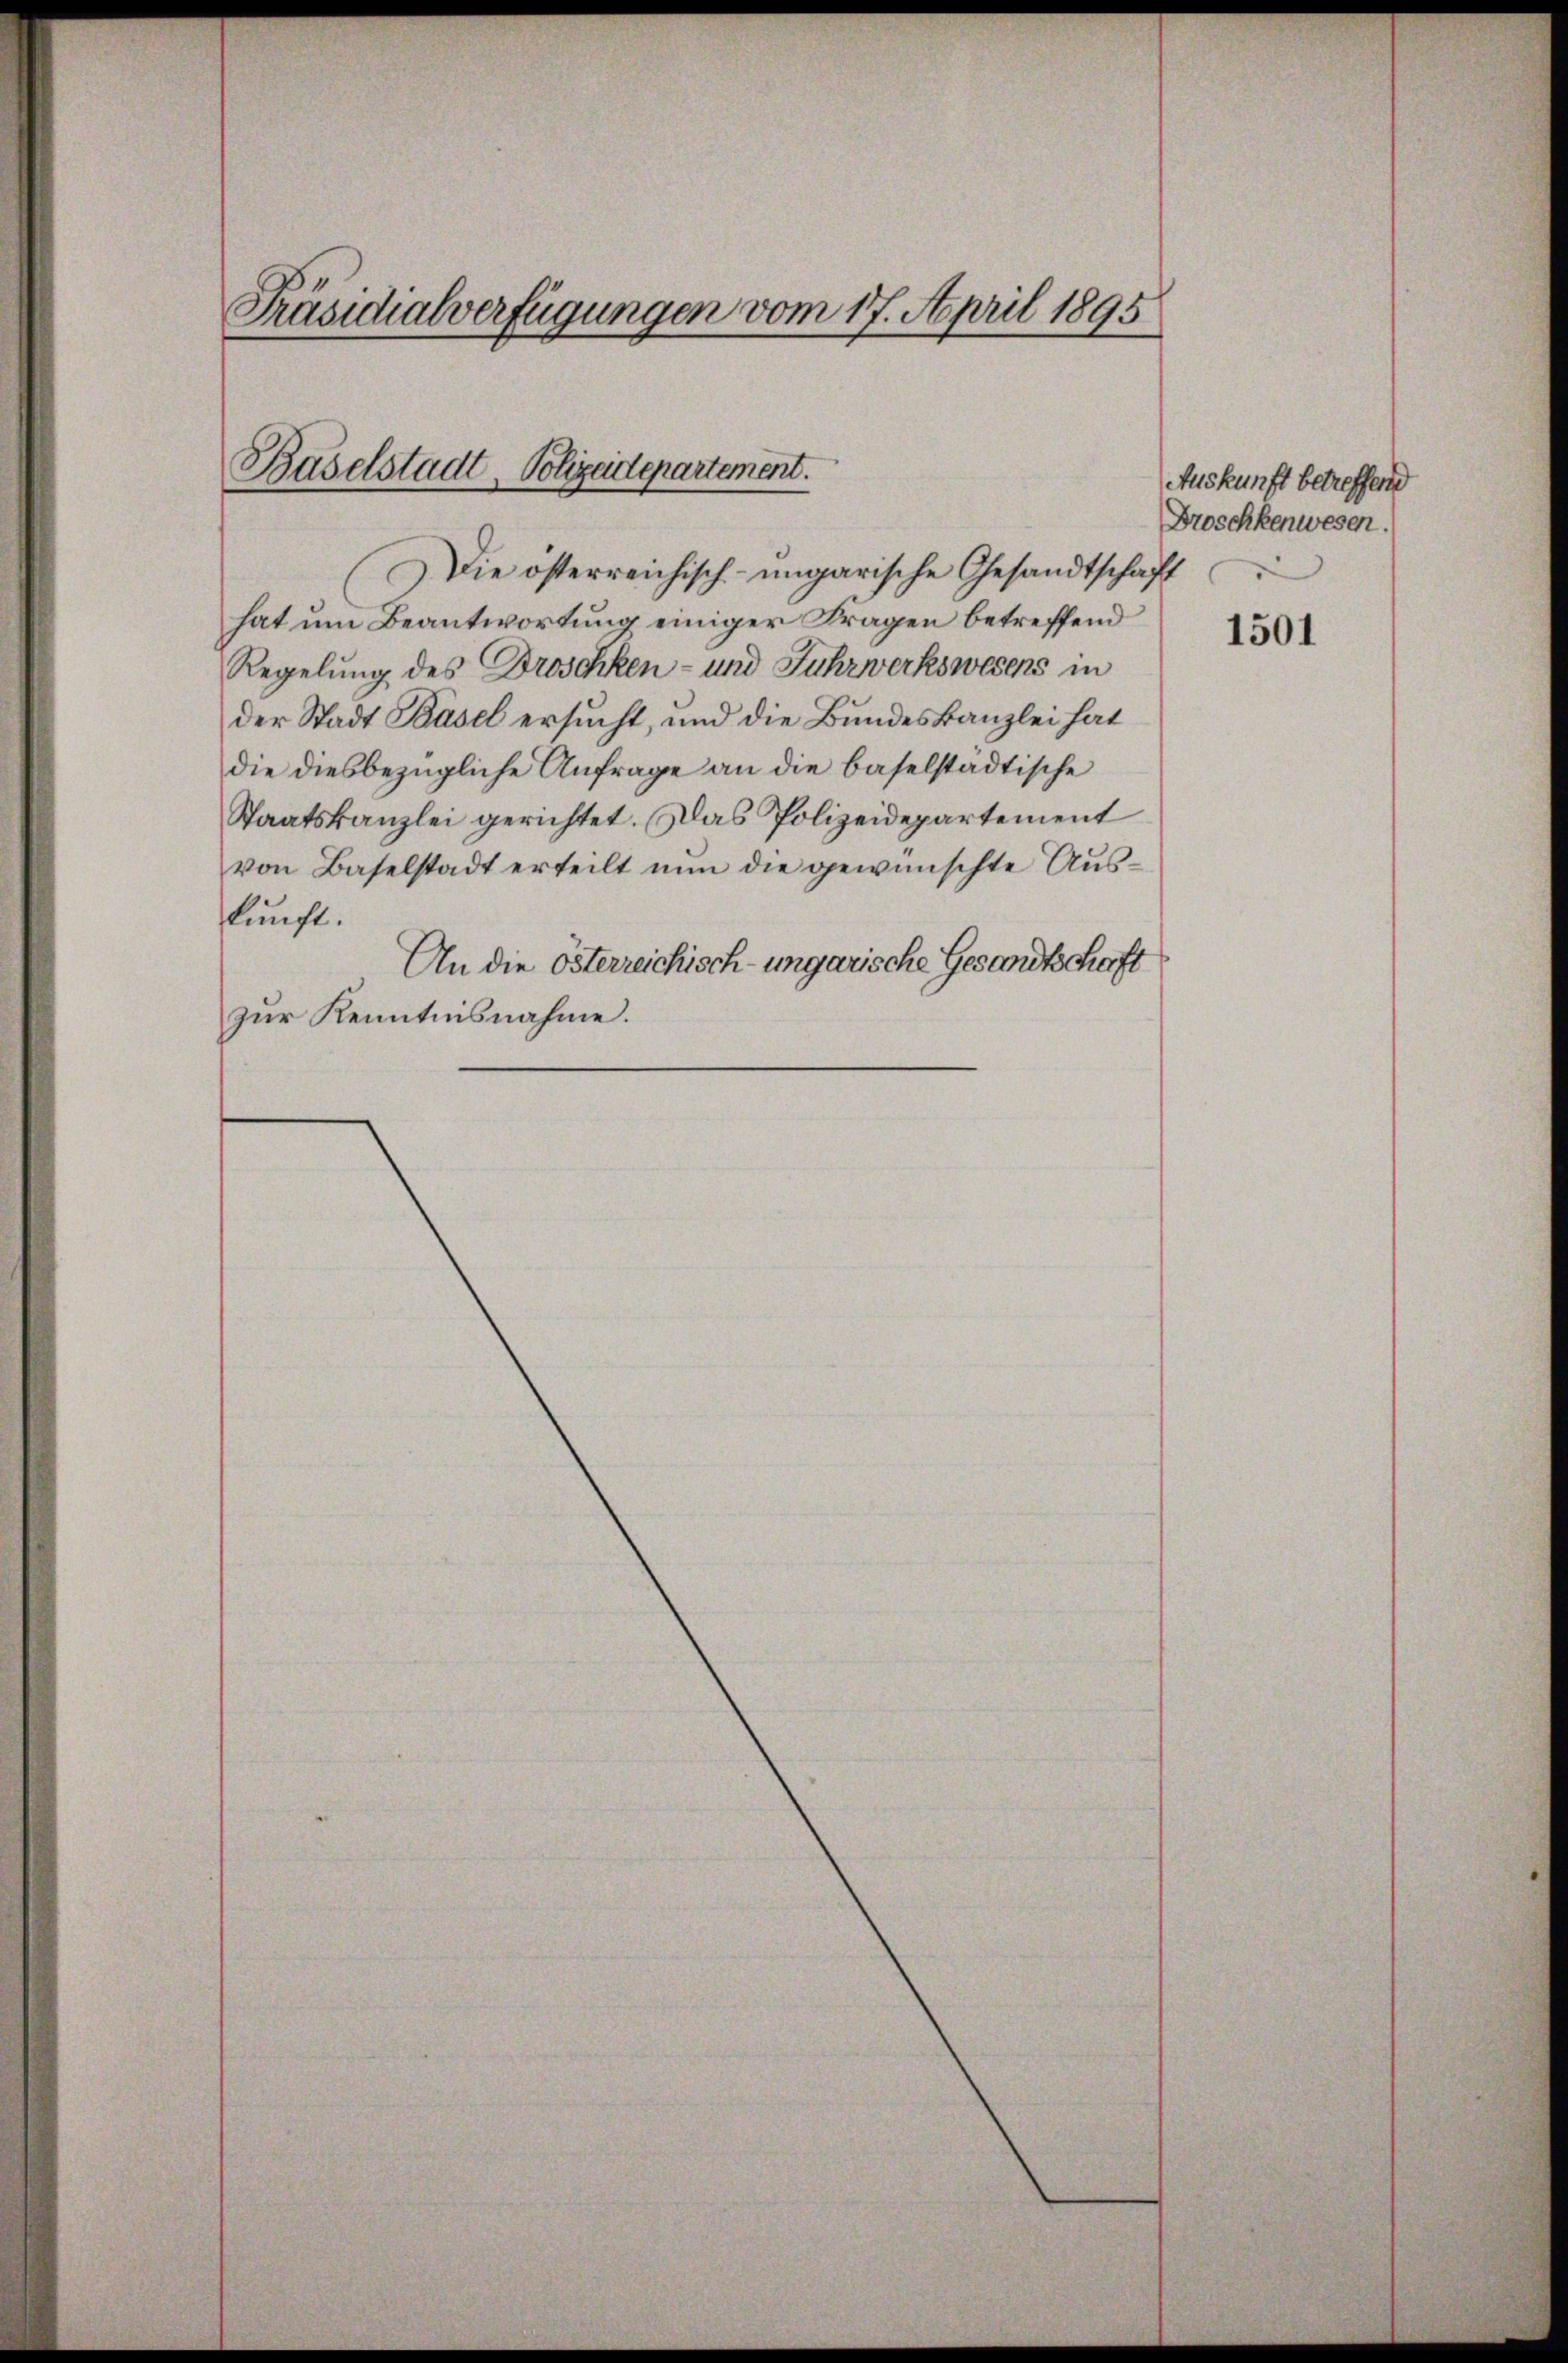
Präsidialverfügungen vom 17. April 1895

Baselstadt - Polizeidepartement.

Die österreichisch-ungarische Gesandtschaft
hat um Beantwortung einiger Fragen betreffend
Regelung des Droschken- und Fuhrwerkswesens in
der Stadt Basel ersucht, und die Bundeskanzlei hat
die diesbezügliche Anfrage an die baselstädtische
Staatskanzlei gerichtet. Das Polizeidepartement
von Baselstadt erteilt nŭn die gewünschte Aŭs-
kunft.
An die österreichisch-ungarische Gesandtschaft
zur Kenntnisnahme.

Auskunft betreffend
Broschkenwesen.

1501